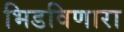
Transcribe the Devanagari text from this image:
भिडविणारा